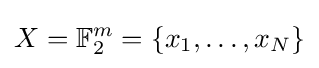
X=\mathbb {F} _{2}^{m}=\{x_{1},\ldots ,x_{N}\}